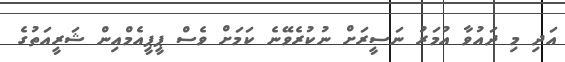
އަދި މި ދައުވާ އުމަރު ނަސީރަށް ނުކުރެވޭނެ ކަމަށް ވެސް ޕީޕީއެމްއިން ޝަރީއަތުގެ